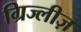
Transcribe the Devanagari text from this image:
ग्रिज्लीज़